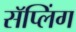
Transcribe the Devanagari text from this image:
सॅप्लिंग